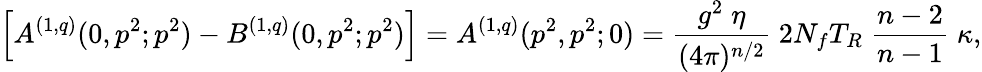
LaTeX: \left[A^{(1,q)}(0,p^{2};p^{2})-B^{(1,q)}(0,p^{2};p^{2})\right]=A^{(1,q)}(p^{2},p^{2};0)=\frac{g^{2}\; \eta}{(4\pi)^{n/2}}\; 2N_{f}T_{R}\; \frac{n-2}{n-1}\; \kappa,